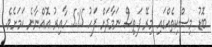
ބޮޑު މިސްކިތެއްގައި މިރޭ ފަތިސް ނަމާދަށް ފަހު 5:15 ހާއިރު އޮއްނާނެ ކަމަށެެވެ.